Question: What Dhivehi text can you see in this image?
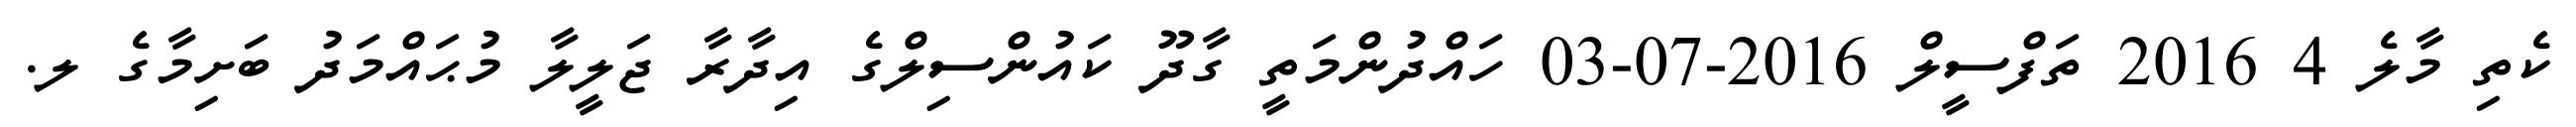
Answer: ކެތި މާލެ 4 2016 ތަފްސީލް 2016-07-03 ހައްދުންމަތީ ގާދޫ ކައުންސިލްގެ އިދާރާ ޖަލީލާ މުޙައްމަދު ބަށިމާގެ ލ.